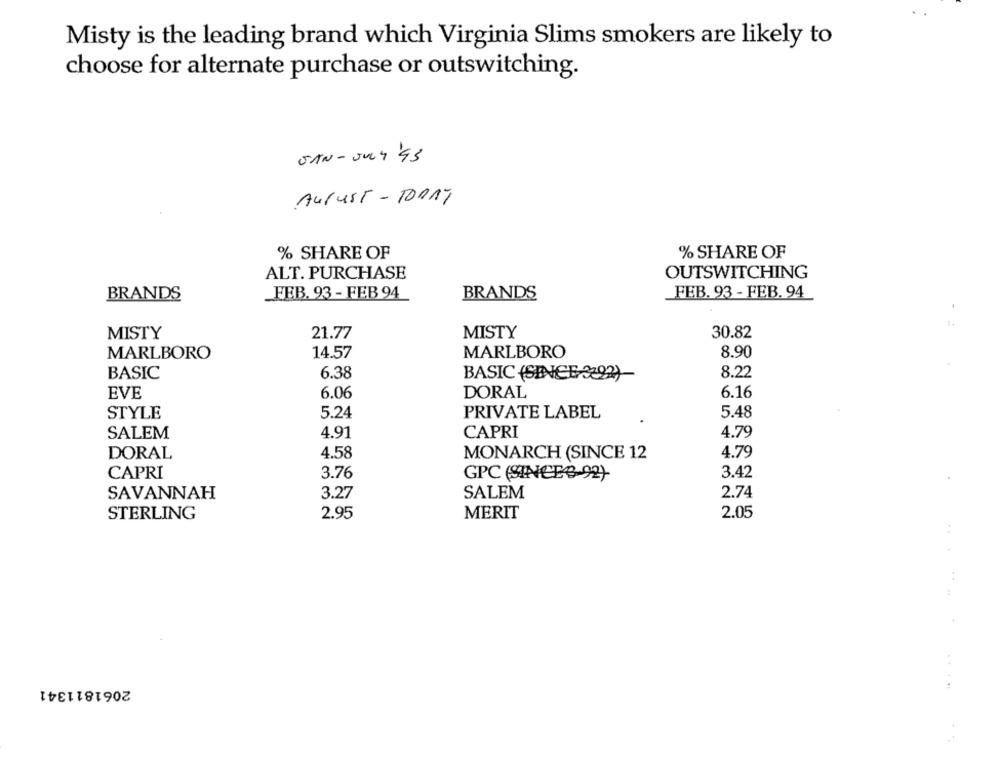
Misty is the leading brand which Virginia Slims smokers are likely to
choose for alternate purchase or outswitching.
SAN-JULY 43
AurusT- TODAY
% SHARE OF
% SHARE OF
ALT. PURCHASE
OUTSWITCHING
_FEB. 93 - FEB 94
BRANDS
FEB. 93 - FEB. 94
BRANDS
21.77
MISTY
30.82
MISTY
MARLBORO
14.57
MARLBORO
8.90
BASIC
6.38
BASIC (SINCE 3:22)
8.22
DORAL
6.16
EVE
6.06
STYLE
5.24
PRIVATE LABEL
5.48
SALEM
4.91
CAPRI
4.79
MONARCH (SINCE 12
4.79
DORAL
4.58
CAPRI
3.76
3.42
SAVANNAH
3.27
SALEM
2.74
2.95
MERIT
2.05
STERLING
2061811341